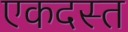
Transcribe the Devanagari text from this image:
एकदस्त